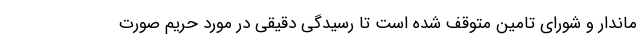
ماندار و شورای تامین متوقف شده است‌ تا رسیدگی دقیقی در مورد حریم صورت